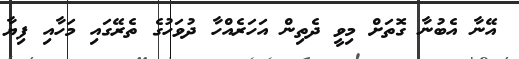
އޭނާ އެބުނާ ގޮތަށް މިވީ ދެތިން އަހަރެއްހާ ދުވަހުގެ ތެރޭގައި މަހާއި ފިޔާ